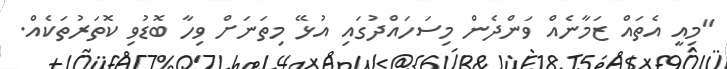
"މިއީ އެތައް ޒަމާނެއް ވަންދެން މިސަހައްދުގައި އުޅޭ މިތަނަށް ވިހާ ބޮޑުވި ކޮތަރުތަކެއް.